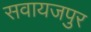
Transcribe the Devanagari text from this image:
सवायजपुर